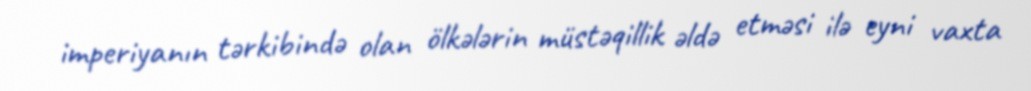
imperiyanın tərkibində olan ölkələrin müstəqillik əldə etməsi ilə eyni vaxta